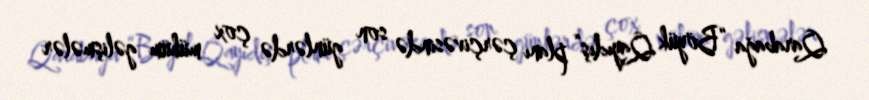
Qarabağa “Böyük Qayıdış” planı çərçivəsində son günlərdə çox mühüm gəlişmələr